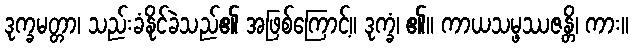
ဒုက္ခမတ္တာ၊ သည်းခံနိုင်ခဲသည်၏ အဖြစ်ကြောင့်။ ဒုက္ခံ၊ ၏။ ကာယသမ္ဖဿဇန္တိ၊ ကား။